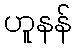
ဟူနန်